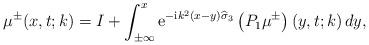
LaTeX: \begin{align*}\mu^{\pm}(x,t;k)=I+\int_{\pm\infty}^{x} \mathrm{e}^{-\mathrm{i} k^2\left(x-y \right) \widehat{ \sigma}_3}\left(P_1 \mu^{\pm}\right)\left(y,t;k\right) dy, \end{align*}